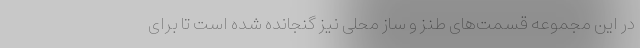
در این مجموعه قسمت‌های طنز و ساز محلی نیز گنجانده شده است تا برای